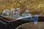
بغناء